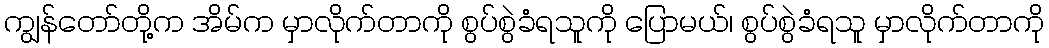
ကျွန်တော်တို့က အိမ်က မှာလိုက်တာကို စွပ်စွဲခံရသူကို ပြောမယ်၊ စွပ်စွဲခံရသူ မှာလိုက်တာကို